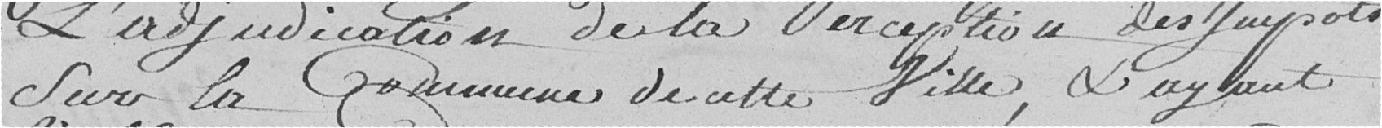
l'adjudication de la perception des impôts sur la commune de cette ville, et ayant